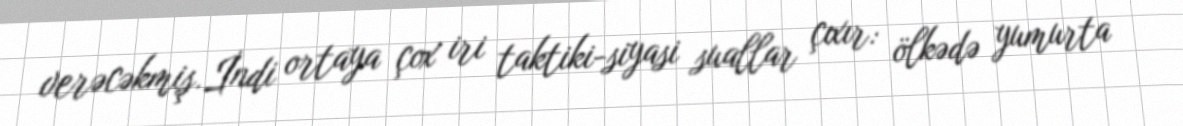
verəcəkmiş.İndi ortaya çox iri taktiki-siyasi suallar çıxır: ölkədə yumurta